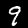
Digit: 9